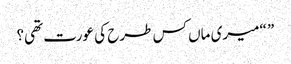
” “میری ماں کس طرح کی عورت تھی؟